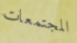
المجتمعات